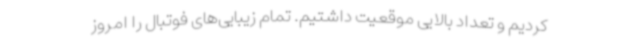
کردیم و تعداد بالایی موقعیت داشتیم. تمام زیبایی‌های فوتبال را امروز